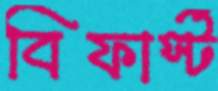
বিফার্স্ট